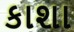
કાશા